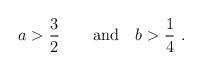
LaTeX: \begin{align*}{{a}} > {3\over 2}\qquad {\rm and } \quad {{b}} > {1\over 4}\ .\end{align*}